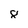
Character: 8